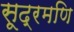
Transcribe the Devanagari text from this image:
सूद्रमणि